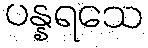
ပန္နရသေ